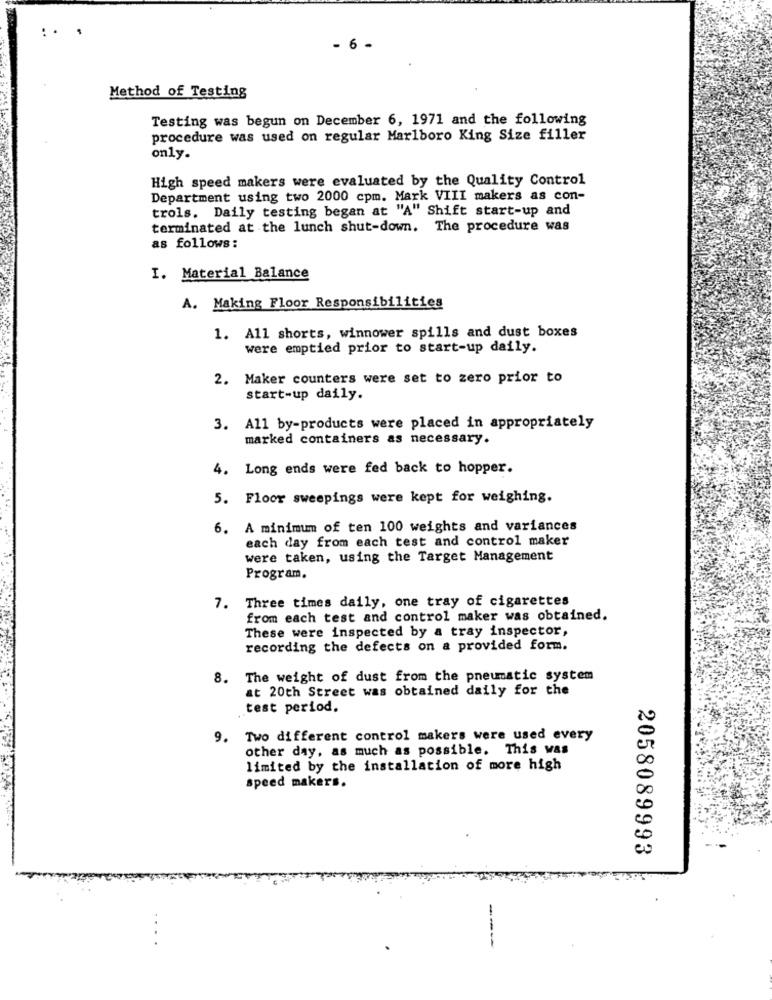
6 -
Method of Testing
Testing was begun on December 6, 1971 and the following
procedure was used on regular Marlboro King Size filler
only.
High speed makers were evaluated by the Quality Control
Department using two 2000 cpm. Mark VIII makers as con-
trols. Daily testing began at "A" Shift start-up and
terminated at the lunch shut-down. The procedure was
as follows:
I. Material Balance
A. Making Floor Responsibilities
1. All shorts, winnower spills and dust boxes
were emptied prior to start-up daily.
2. Maker counters were set to zero prior to
start-up daily.
3. All by-products were placed in appropriately
marked containers as necessary.
4. Long ends were fed back to hopper.
5. Floor sweepings were kept for weighing.
6. A minimum of ten 100 weights and variances
each day from each test and control maker
were taken, using the Target Management
Program.
7. Three times daily, one tray of cigarettes
from each test and control maker was obtained.
These were inspected by a tray inspector,
recording the defects on a provided form.
8. The weight of dust from the pneumatic system
at 20th Street was obtained daily for the
test period.
9. Two different control makers were used every
other day, as much as possible. This was
limited by the installation of more high
speed makers.
2058089993
----